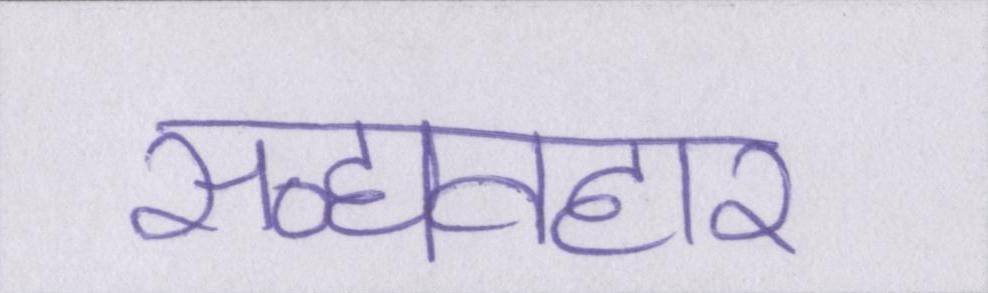
सद्व्यवहार